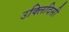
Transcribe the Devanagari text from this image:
उक्लिदिसी